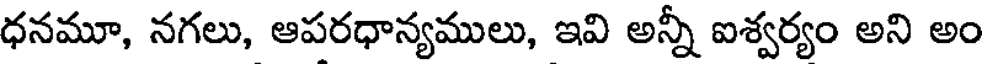
ధనమూ, నగలు, ఆపరధాన్యములు, ఇవి అన్నీ ఐశ్వర్యం అని అం